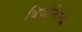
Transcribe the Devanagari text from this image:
बियेन्विले